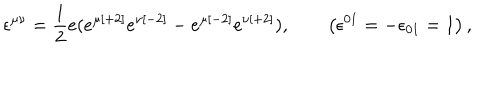
\epsilon ^ { \mu \nu } = { \frac { 1 } { 2 } } e ( e ^ { \mu { [ + 2 ] } } e ^ { \nu { [ - 2 ] } } - e ^ { \mu { [ - 2 ] } } e ^ { \nu { [ + 2 ] } } ) , \qquad \left( \epsilon ^ { { 0 1 } } = - \epsilon _ { { 0 1 } } = 1 \right) ,